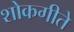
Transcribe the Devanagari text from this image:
शोकगीते